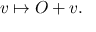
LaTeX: v \mapsto O + v .